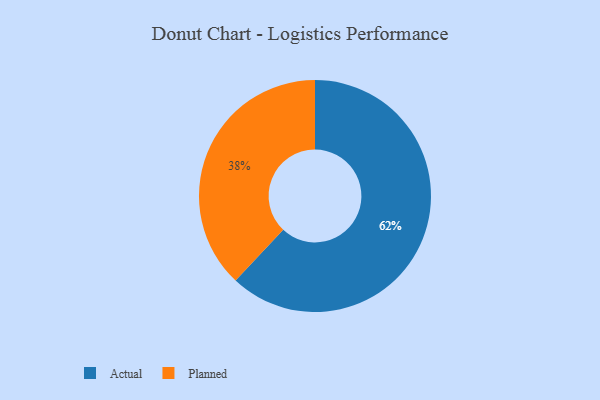
{"axis": {"x": "Category", "y": "Percentage"}, "legend": ["Actual", "Planned"], "data": [{"x": "Actual", "y": 62, "type": "Actual"}, {"x": "Planned", "y": 38, "type": "Planned"}]}